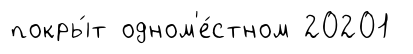
покры́т одном'е́стном 20201